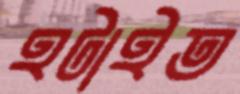
হটাইত